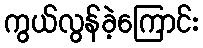
ကွယ်လွန်ခဲ့ကြောင်း